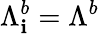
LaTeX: {\Lambda}_{\mathbf{i}}^{b}={\Lambda}^{b}